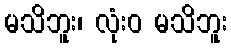
မသိဘူး၊ လုံးဝ မသိဘူး